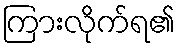
ကြားလိုက်ရ၏